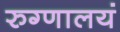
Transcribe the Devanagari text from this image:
रुग्णालयं